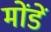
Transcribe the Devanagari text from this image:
मोंडें